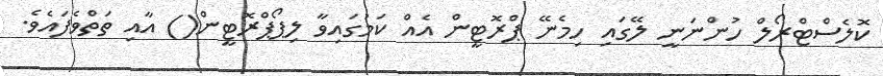
ކޮލެސްޓްރޯލް ހުންނަނީ ލޭގައި ހިމެނޭ ޕްރޮޓީން އެއް ކަމުގައިވާ ލިޕޯޕްރޮޓީން() އާއި ތަތްވެފައެވެ.